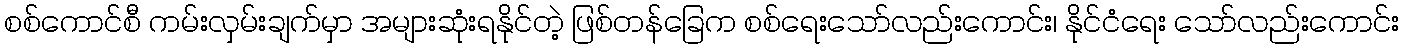
စစ်ကောင်စီ ကမ်းလှမ်းချက်မှာ အများဆုံးရနိုင်တဲ့ ဖြစ်တန်ခြေက စစ်ရေးသော်လည်းကောင်း၊ နိုင်ငံရေး သော်လည်းကောင်း